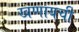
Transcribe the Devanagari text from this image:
खणायची